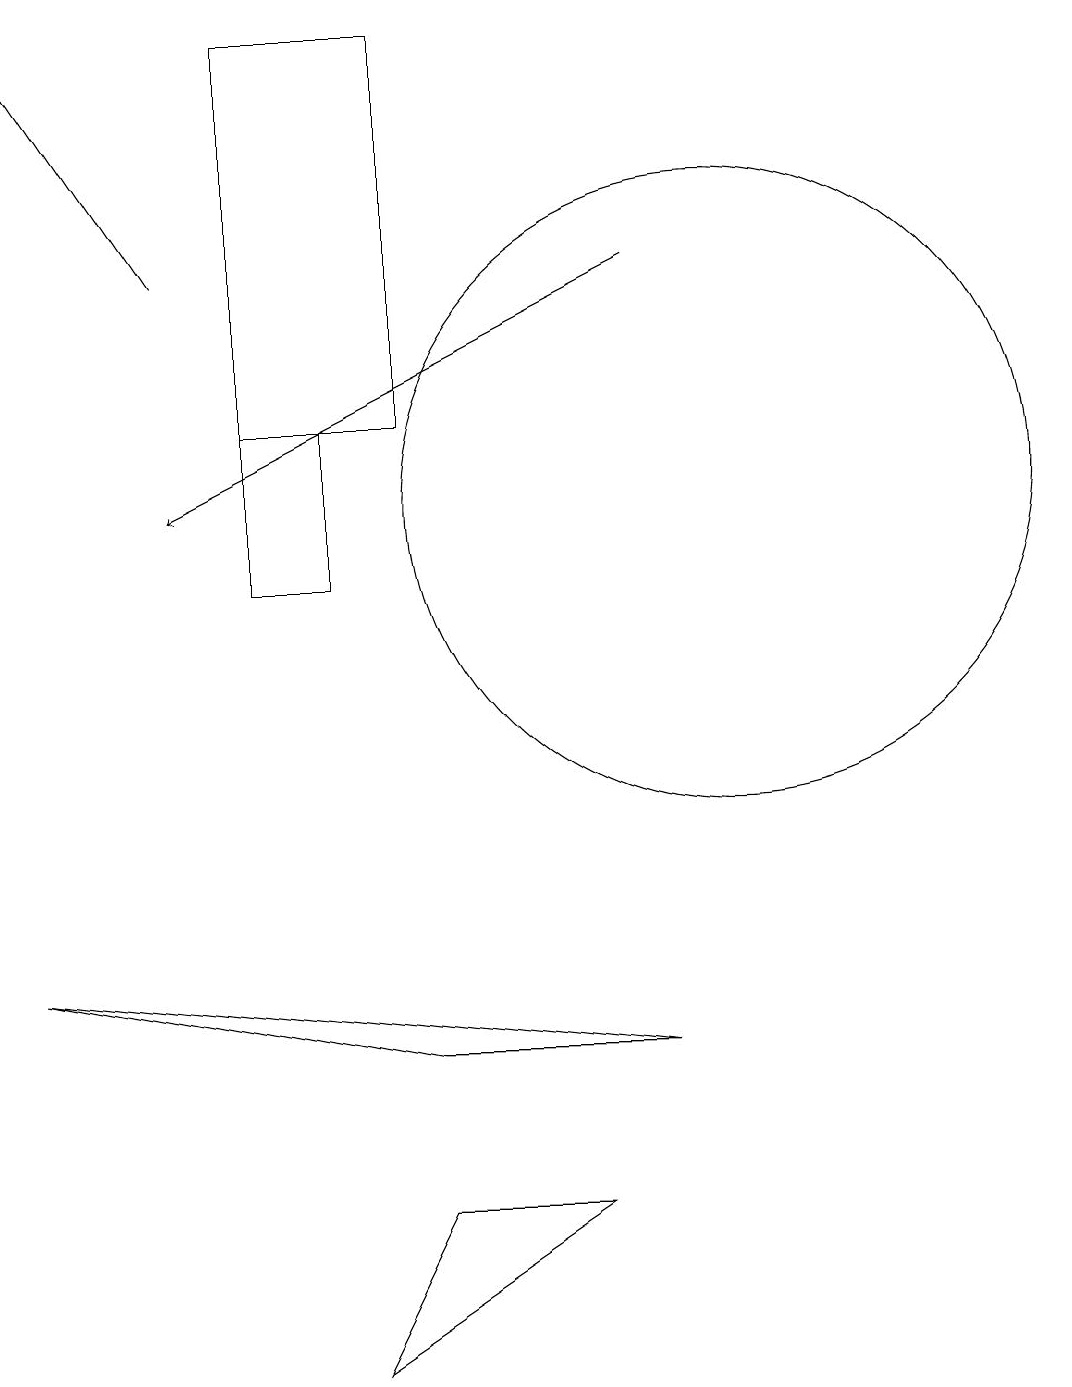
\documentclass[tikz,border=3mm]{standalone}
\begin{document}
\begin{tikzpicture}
\draw[->] (9,14) -- (3,11);
\draw[->] (3,14) -- (1,17);
\draw (6,2) -- (8,2) -- (5,0) -- cycle;
\draw (1,5) -- (6,4) -- (9,4) -- cycle;
\draw (6,12) rectangle (4,17);
\draw (4,10) rectangle (5,12);
\draw (10,11) circle (4);
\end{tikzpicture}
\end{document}